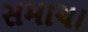
સમાચા